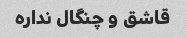
قاشق و چنگال نداره